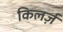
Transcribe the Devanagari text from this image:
किलर्ज़